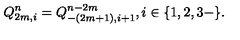
Q _ { 2 m , i } ^ { n } = Q _ { - ( 2 m + 1 ) , i + 1 } ^ { n - 2 m } , i \in \{ 1 , 2 , 3 - \} .